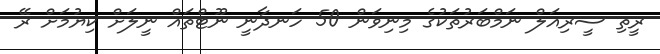
ރީތި ސީރިއަލް ނަމްބަރުތަކުގެ މިނިވަން 50 ހަނދާނީ ނޫޓްތައް ނީލަށް ކިޔުމަށް ރޭ